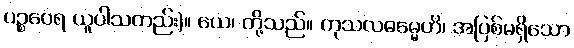
ပဉ္စဝေရ ယူပါသတည်း)။ ယေ၊ တို့သည်။ ကုသလဓမ္မေဟိ၊ အပြစ်မရှိသော